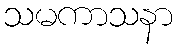
သမကာသနာ